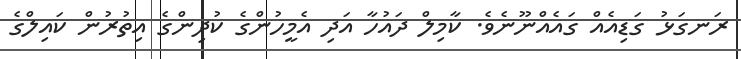
ރަނގަޅު ގަޑިއެއް ގައެއްނޫނެެވެ. ކާމިލް ދައުހާ އަދި އެމީހުންގެ ކުދިންގެ އިތުރުން ކައިލްގެ